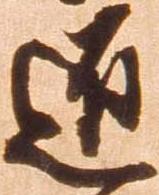
匠